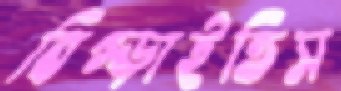
বিগ্‌ড়াইতিস